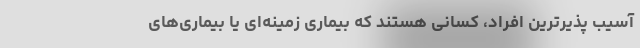
آسیب پذیرترین افراد، کسانی هستند که بیماری زمینه‌ای یا بیماری‌های